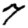
Digit: 7